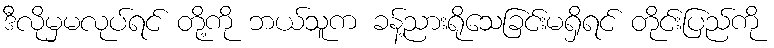
ဒီလိုမှမလုပ်ရင် တို့ကို ဘယ်သူက ခန့်ညားရိုသေခြင်းမရှိရင် တိုင်းပြည်ကို